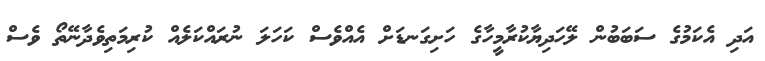
އަދި އެކަމުގެ ސަބަބުން ލޭހަދިޔާކުރާމީހާގެ ހަށިގަނޑަށް އެއްވެސް ކަހަލަ ނުރައްކަލެއް ކުރިމަތިވެދާނޭތޯ ވެސް